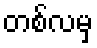
တစ်လမှ